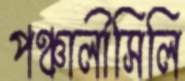
পঞ্চালীসিলি